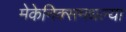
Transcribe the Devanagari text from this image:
मेकेनिक्समधल्या